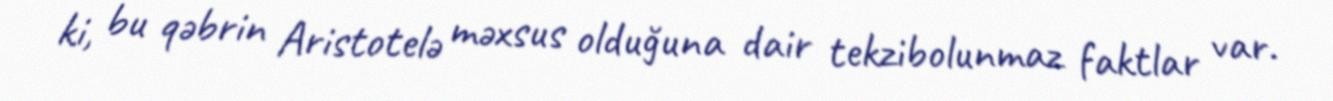
ki, bu qəbrin Aristotelə məxsus olduğuna dair tekzibolunmaz faktlar var.